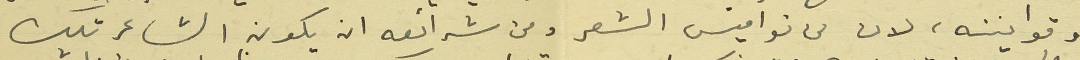
وقوانينه، لان من نواميس الشعر ومن شرائعه ان يكون الشاعر تلك